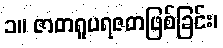
၁။ ဇာတရူပရဇတဖြစ်ခြင်း၊